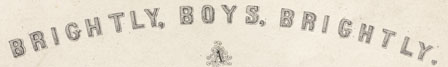
BRIGHTLY, BOYS, BRIGHTLY.